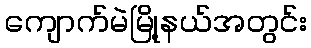
ကျောက်မဲမြို့နယ်အတွင်း